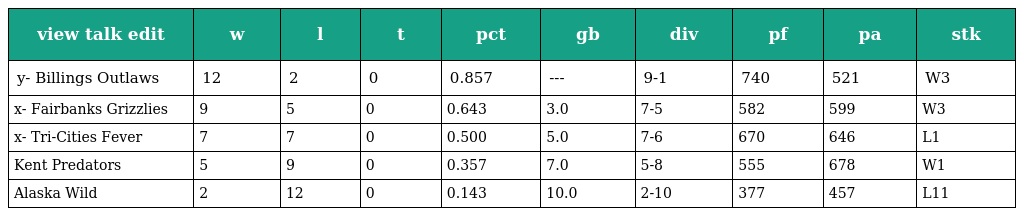
| view talk edit | w | l | t | pct | gb | div | pf | pa | stk |
 | --- | --- | --- | --- | --- | --- | --- | --- | --- | --- |
 | y- Billings Outlaws | 12 | 2 | 0 | 0.857 | --- | 9-1 | 740 | 521 | W3 |
 | x- Fairbanks Grizzlies | 9 | 5 | 0 | 0.643 | 3.0 | 7-5 | 582 | 599 | W3 |
 | x- Tri-Cities Fever | 7 | 7 | 0 | 0.500 | 5.0 | 7-6 | 670 | 646 | L1 |
 | Kent Predators | 5 | 9 | 0 | 0.357 | 7.0 | 5-8 | 555 | 678 | W1 |
 | Alaska Wild | 2 | 12 | 0 | 0.143 | 10.0 | 2-10 | 377 | 457 | L11 |